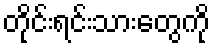
တိုင်းရင်းသားတွေကို